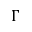
\Gamma